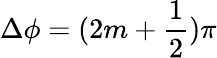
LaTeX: \Delta\phi=(2m+\frac{1}{2})\pi